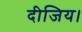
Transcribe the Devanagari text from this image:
दीजिय।